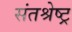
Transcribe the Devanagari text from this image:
संतश्रेष्ट्र